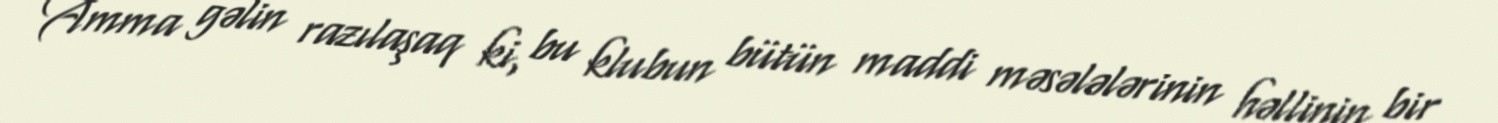
Amma gəlin razılaşaq ki, bu klubun bütün maddi məsələlərinin həllinin bir